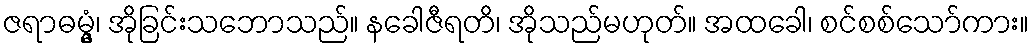
ဇရာဓမ္မွံ၊ အိုခြင်းသဘောသည်။ နခေါဇီရတိ၊ အိုသည်မဟုတ်။ အထခေါ၊ စင်စစ်သော်ကား။